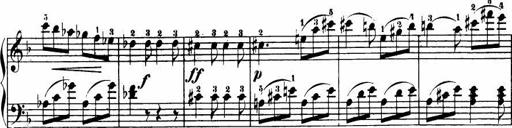
Title: Le bouquetier
Composer: Anton Diabelli
Key: G major
 C major
 F major
 C major